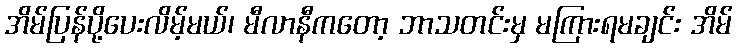
အိမ်ပြန်ပို့ပေးလိမ့်မယ်၊ မီလာနီကတော့ ဘာသတင်းမှ မကြားရမချင်း အိမ်